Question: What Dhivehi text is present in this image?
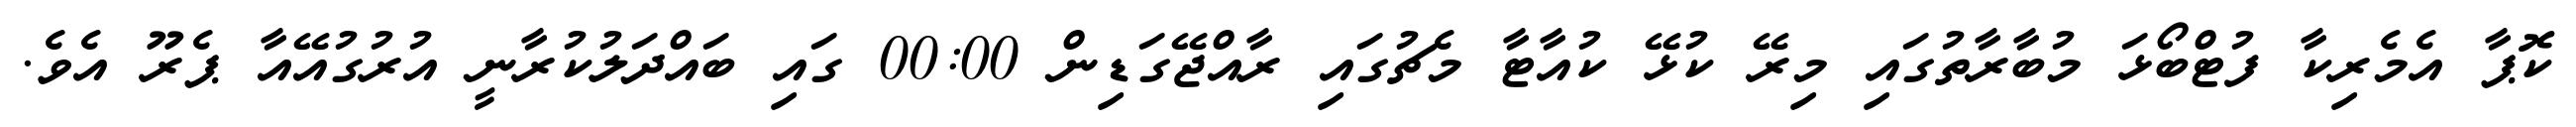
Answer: ކޮޕާ އެމެރިކާ ފުޓްބޯޅަ މުބާރާތުގައި މިރޭ ކުޅޭ ކުއާޓާ މެޗުގައި ރާއްޖޭގަޑިން 00:00 ގައި ބައްދަލުކުރާނީ އުރުގުއޭއާ ޕެރޫ އެވެ.